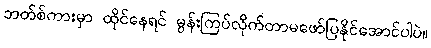
ဘတ်စ်ကားမှာ ထိုင်နေရင် မွန်းကြပ်လိုက်တာမဖော်ပြနိုင်အောင်ပါပဲ။